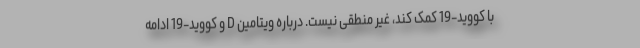
با کووید-19 کمک کند، غیر منطقی نیست. درباره ویتامین D و کووید-19 ادامه